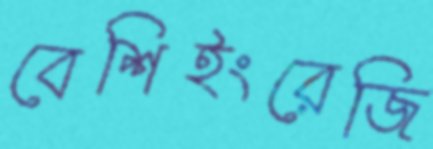
বেশিইংরেজি